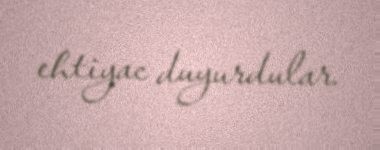
ehtiyac duyurdular.